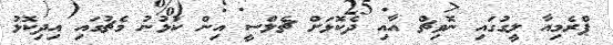
ޕްރެމިއާ ލީގުގައި ނޮވިޗް އާއި ދެކޮޅަށް ޗެލްސީ އިން ކުޅުނު މެޗުގައި އިދިކޮޅު